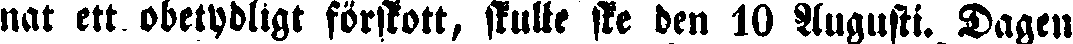
nat ett obetydligt förskott, skulle ske den 10 Augusti. Dagen